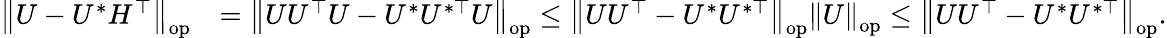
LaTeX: \begin{array}{rl}{\left\| {U-U^{*}H^{\top}}\right\| _{\mathrm{op}}}&{=\left\| {UU^{\top}U-U^{*}U^{*\top}U}\right\| _{\mathrm{op}}\leq\left\| {UU^{\top}-U^{*}U^{*\top}}\right\| _{\mathrm{op}}\left\| {U}\right\| _{\mathrm{op}}\leq\left\| {UU^{\top}-U^{*}U^{*\top}}\right\| _{\mathrm{op}}.}\end{array}